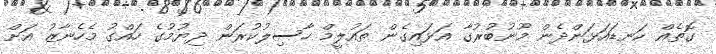
ގޮތެއް ކަނޑައަޅަންދެން މޫނުބުރުގާ އަޅައިގެން ތައުލީމް ހާސިލުކުރަން ދިޔުމުގެ ހައްގު މެހެނާޒު އަށް